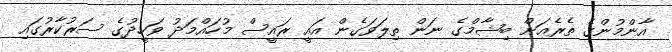
އާންމުންގެ ތެރެއަށް ބިޝާމްގެ ނަން ތިލަވަގެން އައީ ރައީސް މުހައްމަދު ވަހީދުގެ ސަރުކާރުގައި